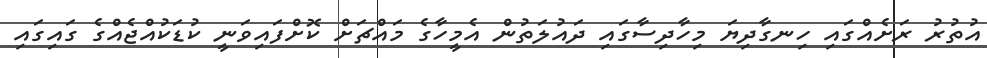
އުތުރު ރަށެއްގައި ހިނގާދިޔަ މިހާދިސާގައި ދައުލަތުން އެމީހާގެ މައްޗަށް ކޮށްފައިވަނީ ކުޑަކުއްޖެއްގެ ގައިގައި